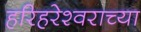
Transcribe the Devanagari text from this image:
हरिहरेश्‍वराच्या